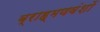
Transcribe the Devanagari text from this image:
ब्राह्मणवंशों